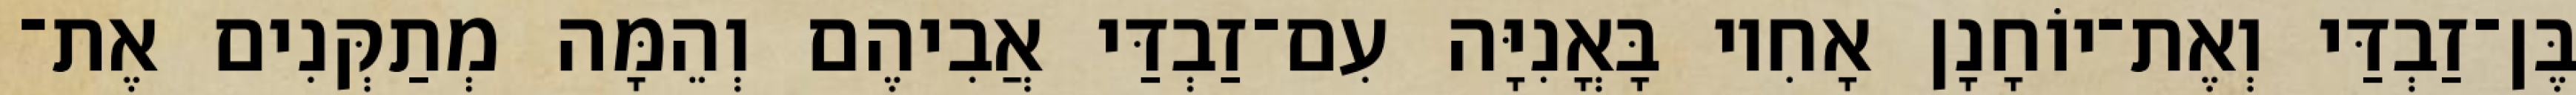
בֶּן־זַבְדַּי וְאֶת־יוֹחָנָן אָחִיו בָּאֳנִיָּה עִם־זַבְדַּי אֲבִיהֶם וְהֵמָּה מְתַקְּנִים אֶת־